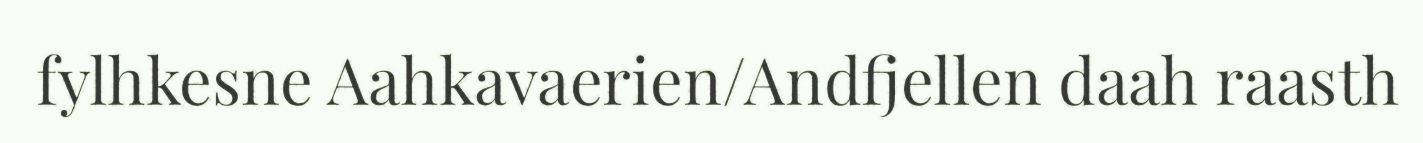
fylhkesne Aahkavaerien/Andfjellen daah raasth